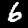
Digit: 6